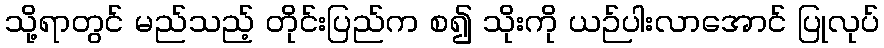
သို့ရာတွင် မည်သည့် တိုင်းပြည်က စ၍ သိုးကို ယဉ်ပါးလာအောင် ပြုလုပ်